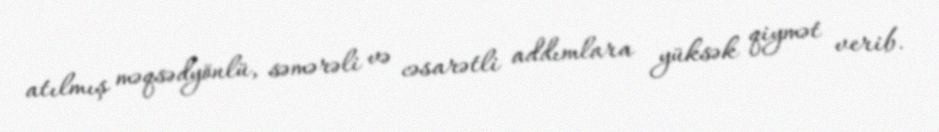
atılmış məqsədyönlü, səmərəli və cəsarətli addımlara yüksək qiymət verib.